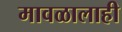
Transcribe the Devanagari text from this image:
मावळालाही